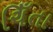
ચિઁતા